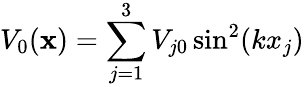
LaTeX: V_{0}(\mathbf{x})=\sum_{j=1}^{3}V_{j0}\sin^{2}(kx_{j})